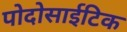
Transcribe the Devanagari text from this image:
पोदोसाईटिक